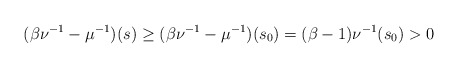
\begin{align*}(\beta \nu^{-1} - \mu^{-1})(s) \geq (\beta \nu^{-1} - \mu^{-1})(s_0) = (\beta - 1)\nu^{-1}(s_0) > 0\end{align*}